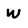
Character: W